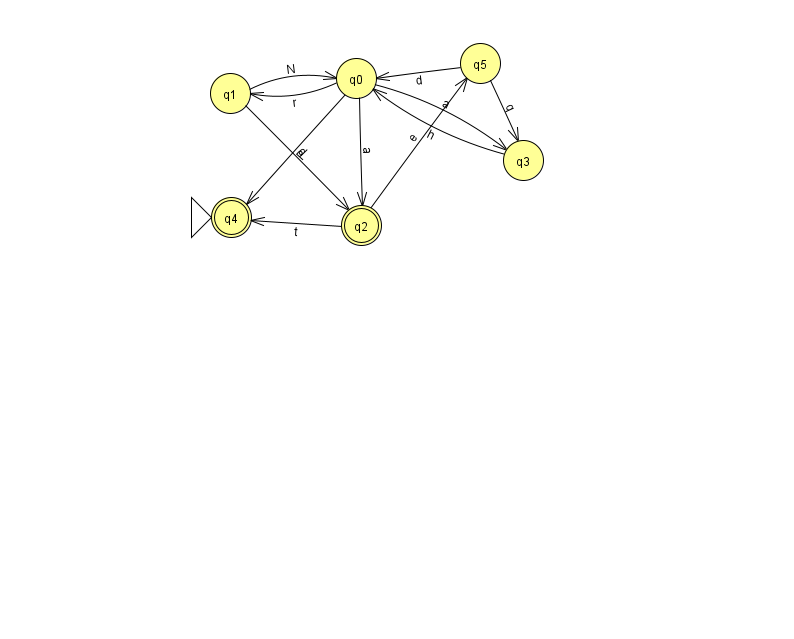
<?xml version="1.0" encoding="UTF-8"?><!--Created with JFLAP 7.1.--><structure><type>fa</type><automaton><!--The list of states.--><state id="0" name="q0"><x>356.0</x><y>65.0</y></state><state id="1" name="q1"><x>230.0</x><y>80.0</y></state><state id="2" name="q2"><x>361.0</x><y>212.0</y><final/></state><state id="3" name="q3"><x>523.0</x><y>147.0</y></state><state id="4" name="q4"><x>231.0</x><y>204.0</y><initial/><final/></state><state id="5" name="q5"><x>480.0</x><y>50.0</y></state><!--The list of transitions.--><transition><from>0</from><to>3</to><read>a</read></transition><transition><from>1</from><to>0</to><read>N</read></transition><transition><from>0</from><to>2</to><read>a</read></transition><transition><from>5</from><to>3</to><read>q</read></transition><transition><from>3</from><to>0</to><read>h</read></transition><transition><from>0</from><to>4</to><read>P</read></transition><transition><from>2</from><to>4</to><read>t</read></transition><transition><from>2</from><to>5</to><read>e</read></transition><transition><from>1</from><to>2</to><read>d</read></transition><transition><from>5</from><to>0</to><read>d</read></transition><transition><from>0</from><to>1</to><read>r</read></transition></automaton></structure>